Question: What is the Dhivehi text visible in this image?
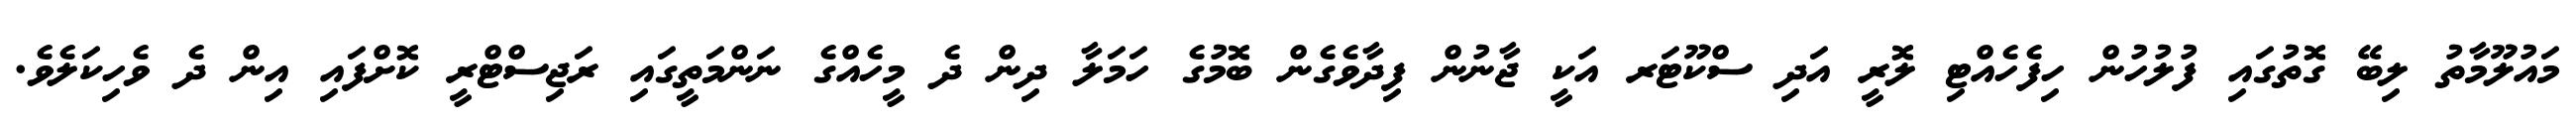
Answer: މައުލޫމާތު ލިބޭ ގޮތުގައި ފުލުހުން ހިފެހެއްޓި ލޮރީ އަދި ސްކޫޓަރ އަކީ ޖާނުން ފިދާވެގެން ބޮމުގެ ހަމަލާ ދިން ދެ މީހެއްގެ ނަންމަތީގައި ރަޖިސްޓްރީ ކޮށްފައި އިން ދެ ވެހިކަލެވެ.